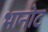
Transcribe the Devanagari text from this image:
भानोट